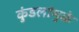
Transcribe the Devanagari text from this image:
कुंडलांमुळे